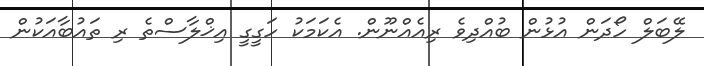
ލޭބަލް ހޯދަން އުޅުން ބުއްދިވެ ރިއެއްނޫން. އެކަމަކު ހަގީގީ އިޚްލާސްތެ ރި ތައުބާއަކުން